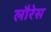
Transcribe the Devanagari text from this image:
लौरेस